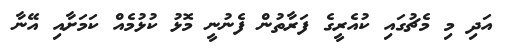
އަދި މި މެޗުގައި ކުއެރީގެ ފަރާތުން ފެނުނީ މޮޅު ކުޅުމެއް ކަމަށާއި އޭނާ